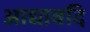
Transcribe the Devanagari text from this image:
आद्यावदि